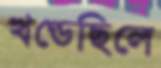
খণ্ডেছিলে